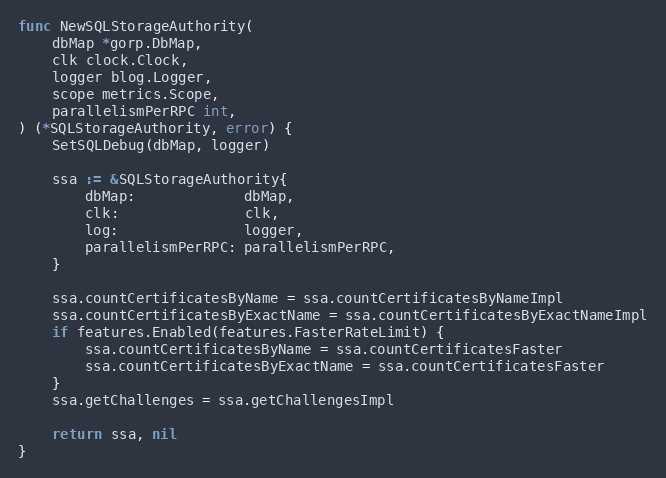
Language: Go
func NewSQLStorageAuthority(
	dbMap *gorp.DbMap,
	clk clock.Clock,
	logger blog.Logger,
	scope metrics.Scope,
	parallelismPerRPC int,
) (*SQLStorageAuthority, error) {
	SetSQLDebug(dbMap, logger)

	ssa := &SQLStorageAuthority{
		dbMap:             dbMap,
		clk:               clk,
		log:               logger,
		parallelismPerRPC: parallelismPerRPC,
	}

	ssa.countCertificatesByName = ssa.countCertificatesByNameImpl
	ssa.countCertificatesByExactName = ssa.countCertificatesByExactNameImpl
	if features.Enabled(features.FasterRateLimit) {
		ssa.countCertificatesByName = ssa.countCertificatesFaster
		ssa.countCertificatesByExactName = ssa.countCertificatesFaster
	}
	ssa.getChallenges = ssa.getChallengesImpl

	return ssa, nil
}